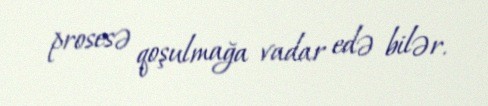
prosesə qoşulmağa vadar edə bilər.